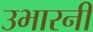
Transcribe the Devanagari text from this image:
उभारनी